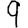
Digit: 9